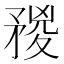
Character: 𥍺